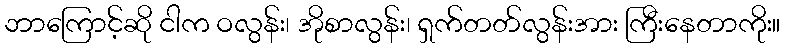
ဘာကြောင့်ဆို ငါက ဝလွန်း၊ အိုစာလွန်း၊ ရှက်တတ်လွန်းအား ကြီးနေတာကိုး။